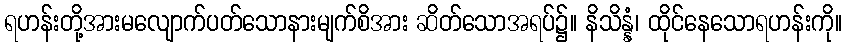
ရဟန်းတို့အားမလျောက်ပတ်သောနားမျက်စိအား ဆိတ်သောအရပ်၌။ နိသိန္နံ၊ ထိုင်နေသောရဟန်းကို။